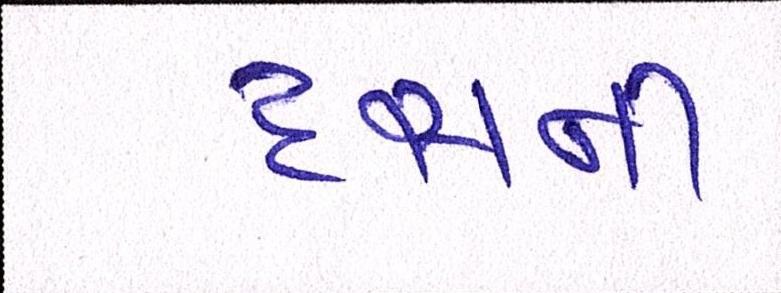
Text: દસની